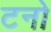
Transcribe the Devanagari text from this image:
टनो